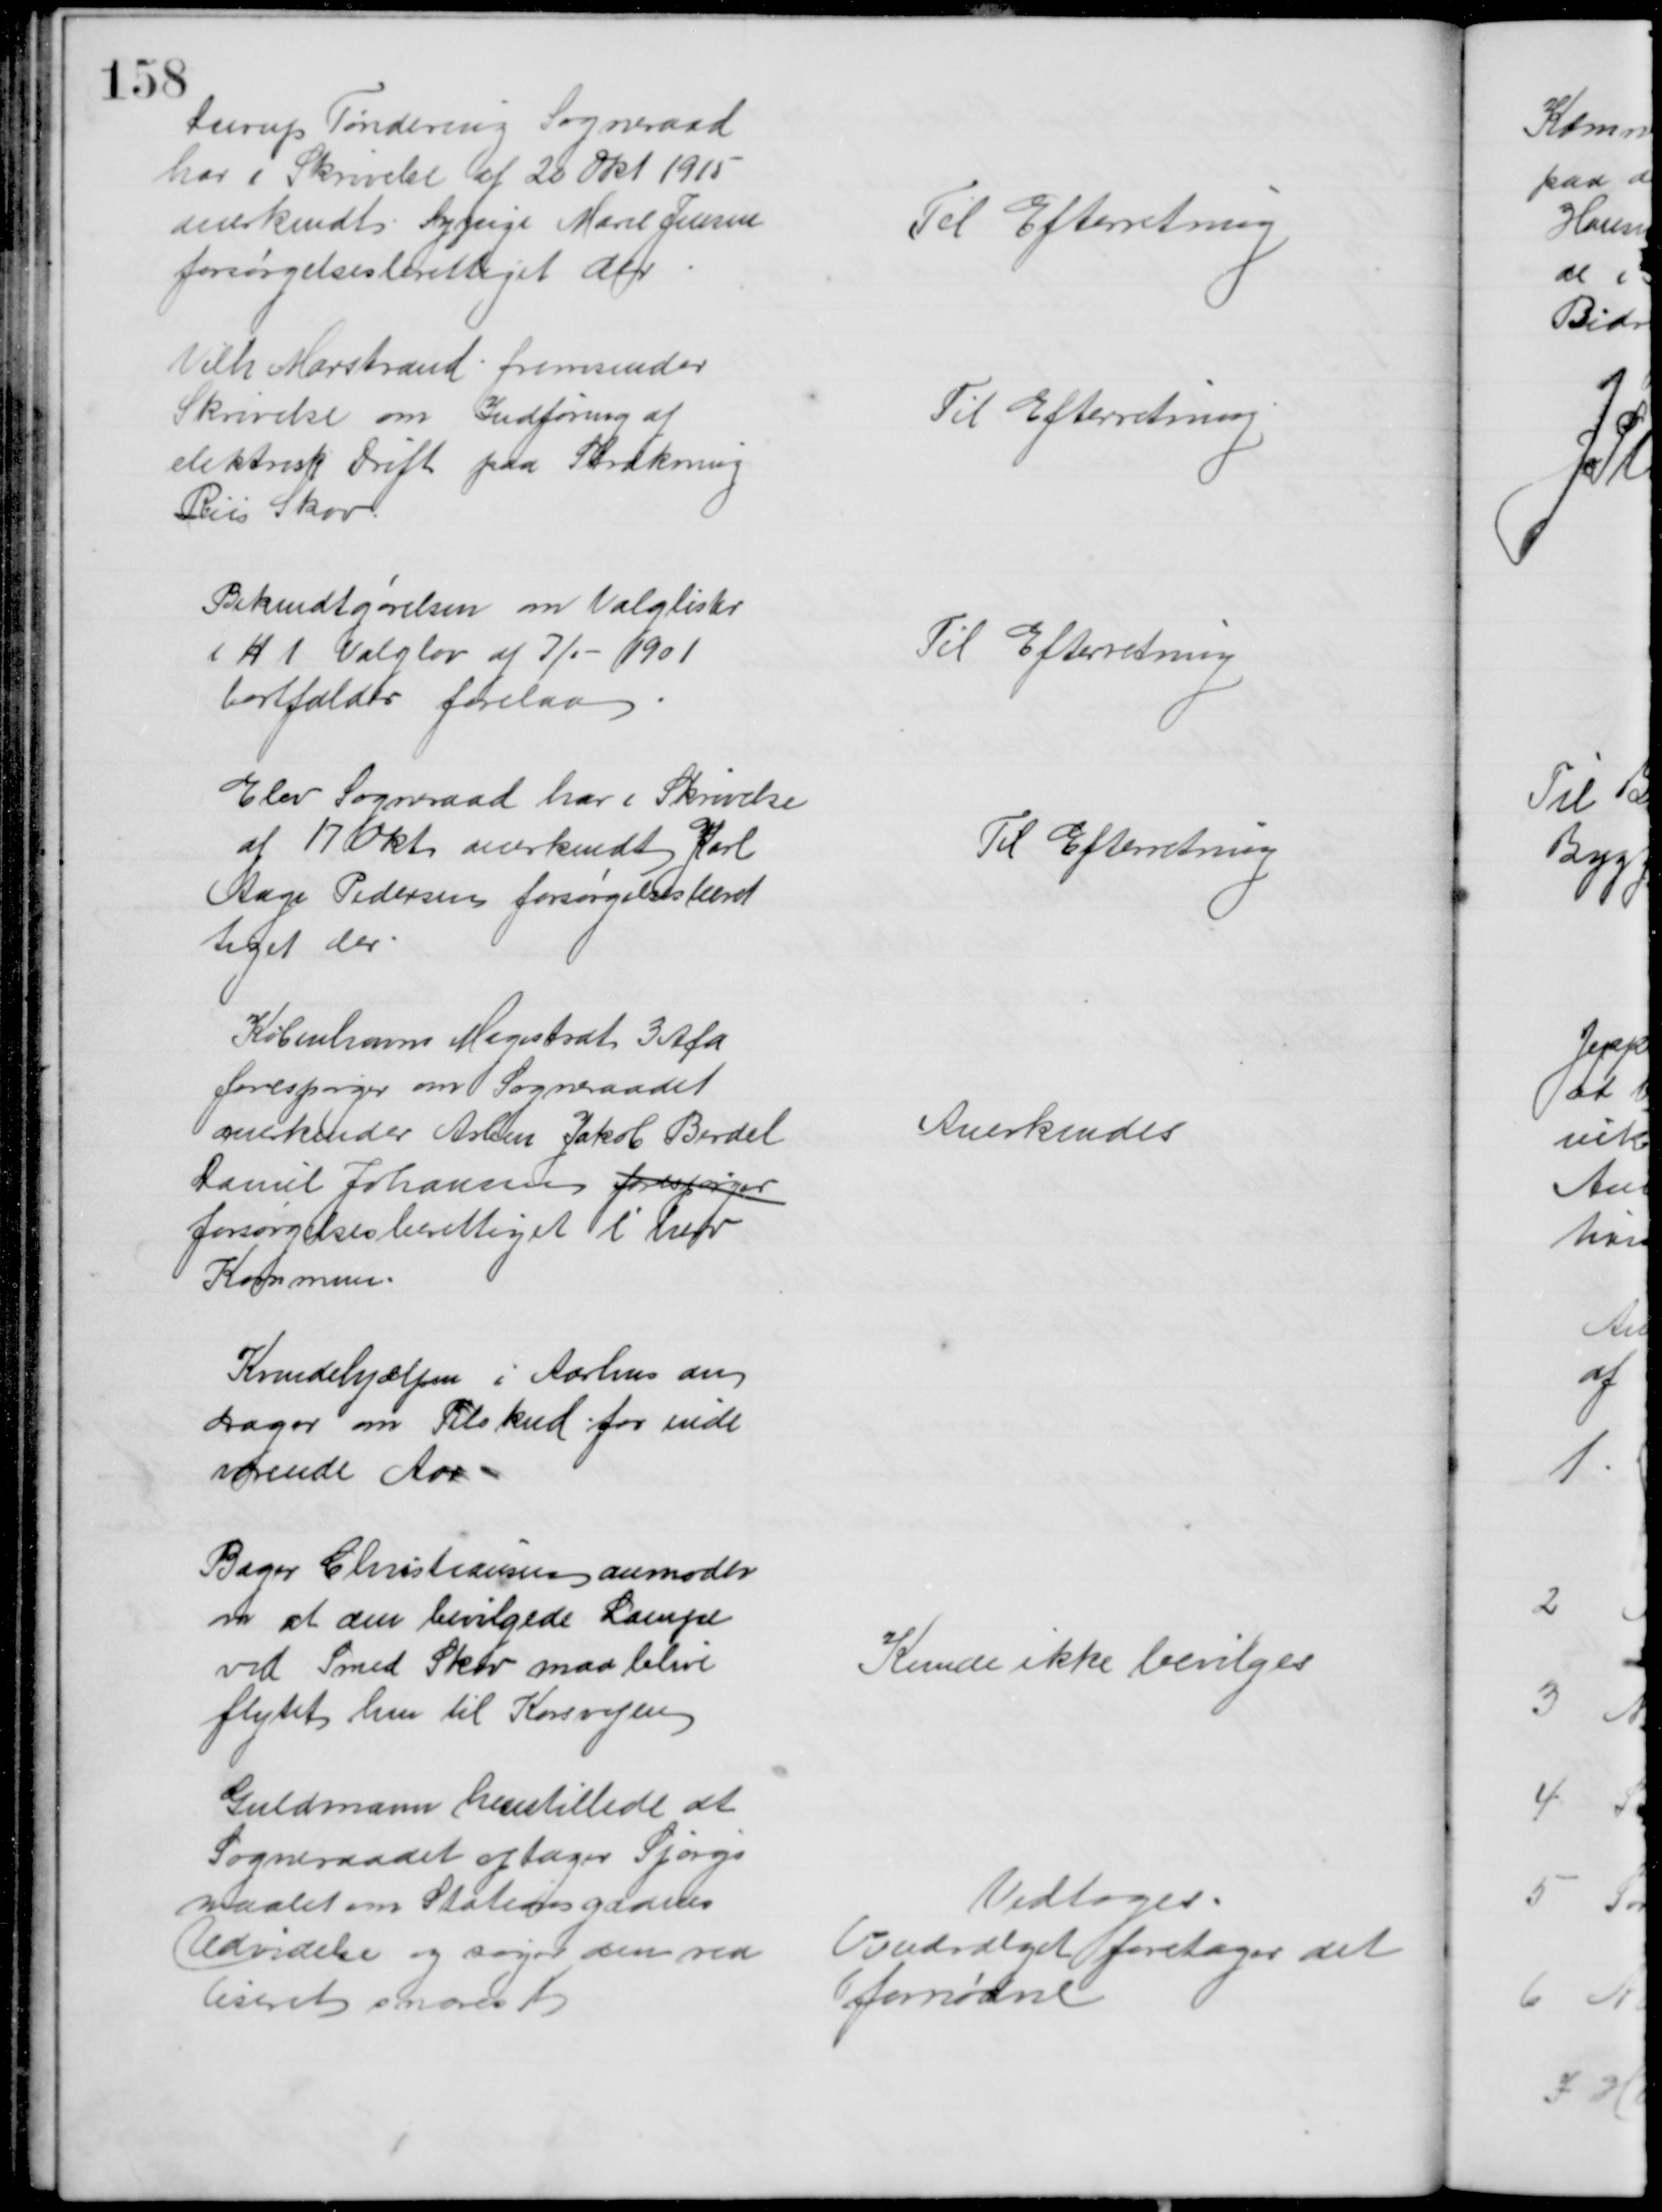
Transskription:
Durup Tøndering Sogneraad
har i Skrivelse af 22 Okt. 1915
anerkendt Sypige Marie Jensen
forsørgelsesberettiget der
Til Efterretning
Vilh Marstrand fremsender
Skrivelse om Indføring af 
elektrisk Drift paa Strækning
Riis Skov.
Til Efterretning
Bekendtgørelsen om Valglister
i H t Valglov af 7/1 - 1901
bortfalder forelaa
Til Efterretning
Elev Sogneraad har i Skrivelse
af 17 Okt. anerkendt JKarl
Aage Pedersen forsørgelsesberet
tiget der
Til Efterretning
Københavns Magistrat 3 Afd
forespørger om Sogneraadet
anerkender Arbm Jakob Berdel
Daniel Johansen forespørger
forsørgelsesberettiget i herv
Kommun.
Anerkendes
Kvindehjælpen i Aarhus an
drager om Tilskud for inde
værende Aar
Bager Christiansen anmoder
om at den bevilgede Lampe
ved Smed Skov maa blive
flytet hen til Korsvejen
Kunde ikke bevilges
Guldmann henstillede at
Sogneraadet optager Spørgs
maalet om Stationsgadens
Udvidelse og søger den rea 
liseret snarest 
Vedtoges.
Vejudvalget foretager det
fornødne